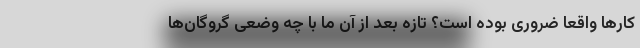
کارها واقعا ضروری بوده است؟ تازه بعد از آن ما با چه وضعی گروگان‌ها